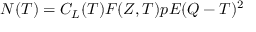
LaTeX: N ( T ) = C _ { L } ( T ) F ( Z , T ) p E ( Q - T ) ^ { 2 }